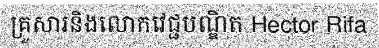
គ្រួសារនិងលោកវេជ្ជបណ្ឌិត Hector Rifa